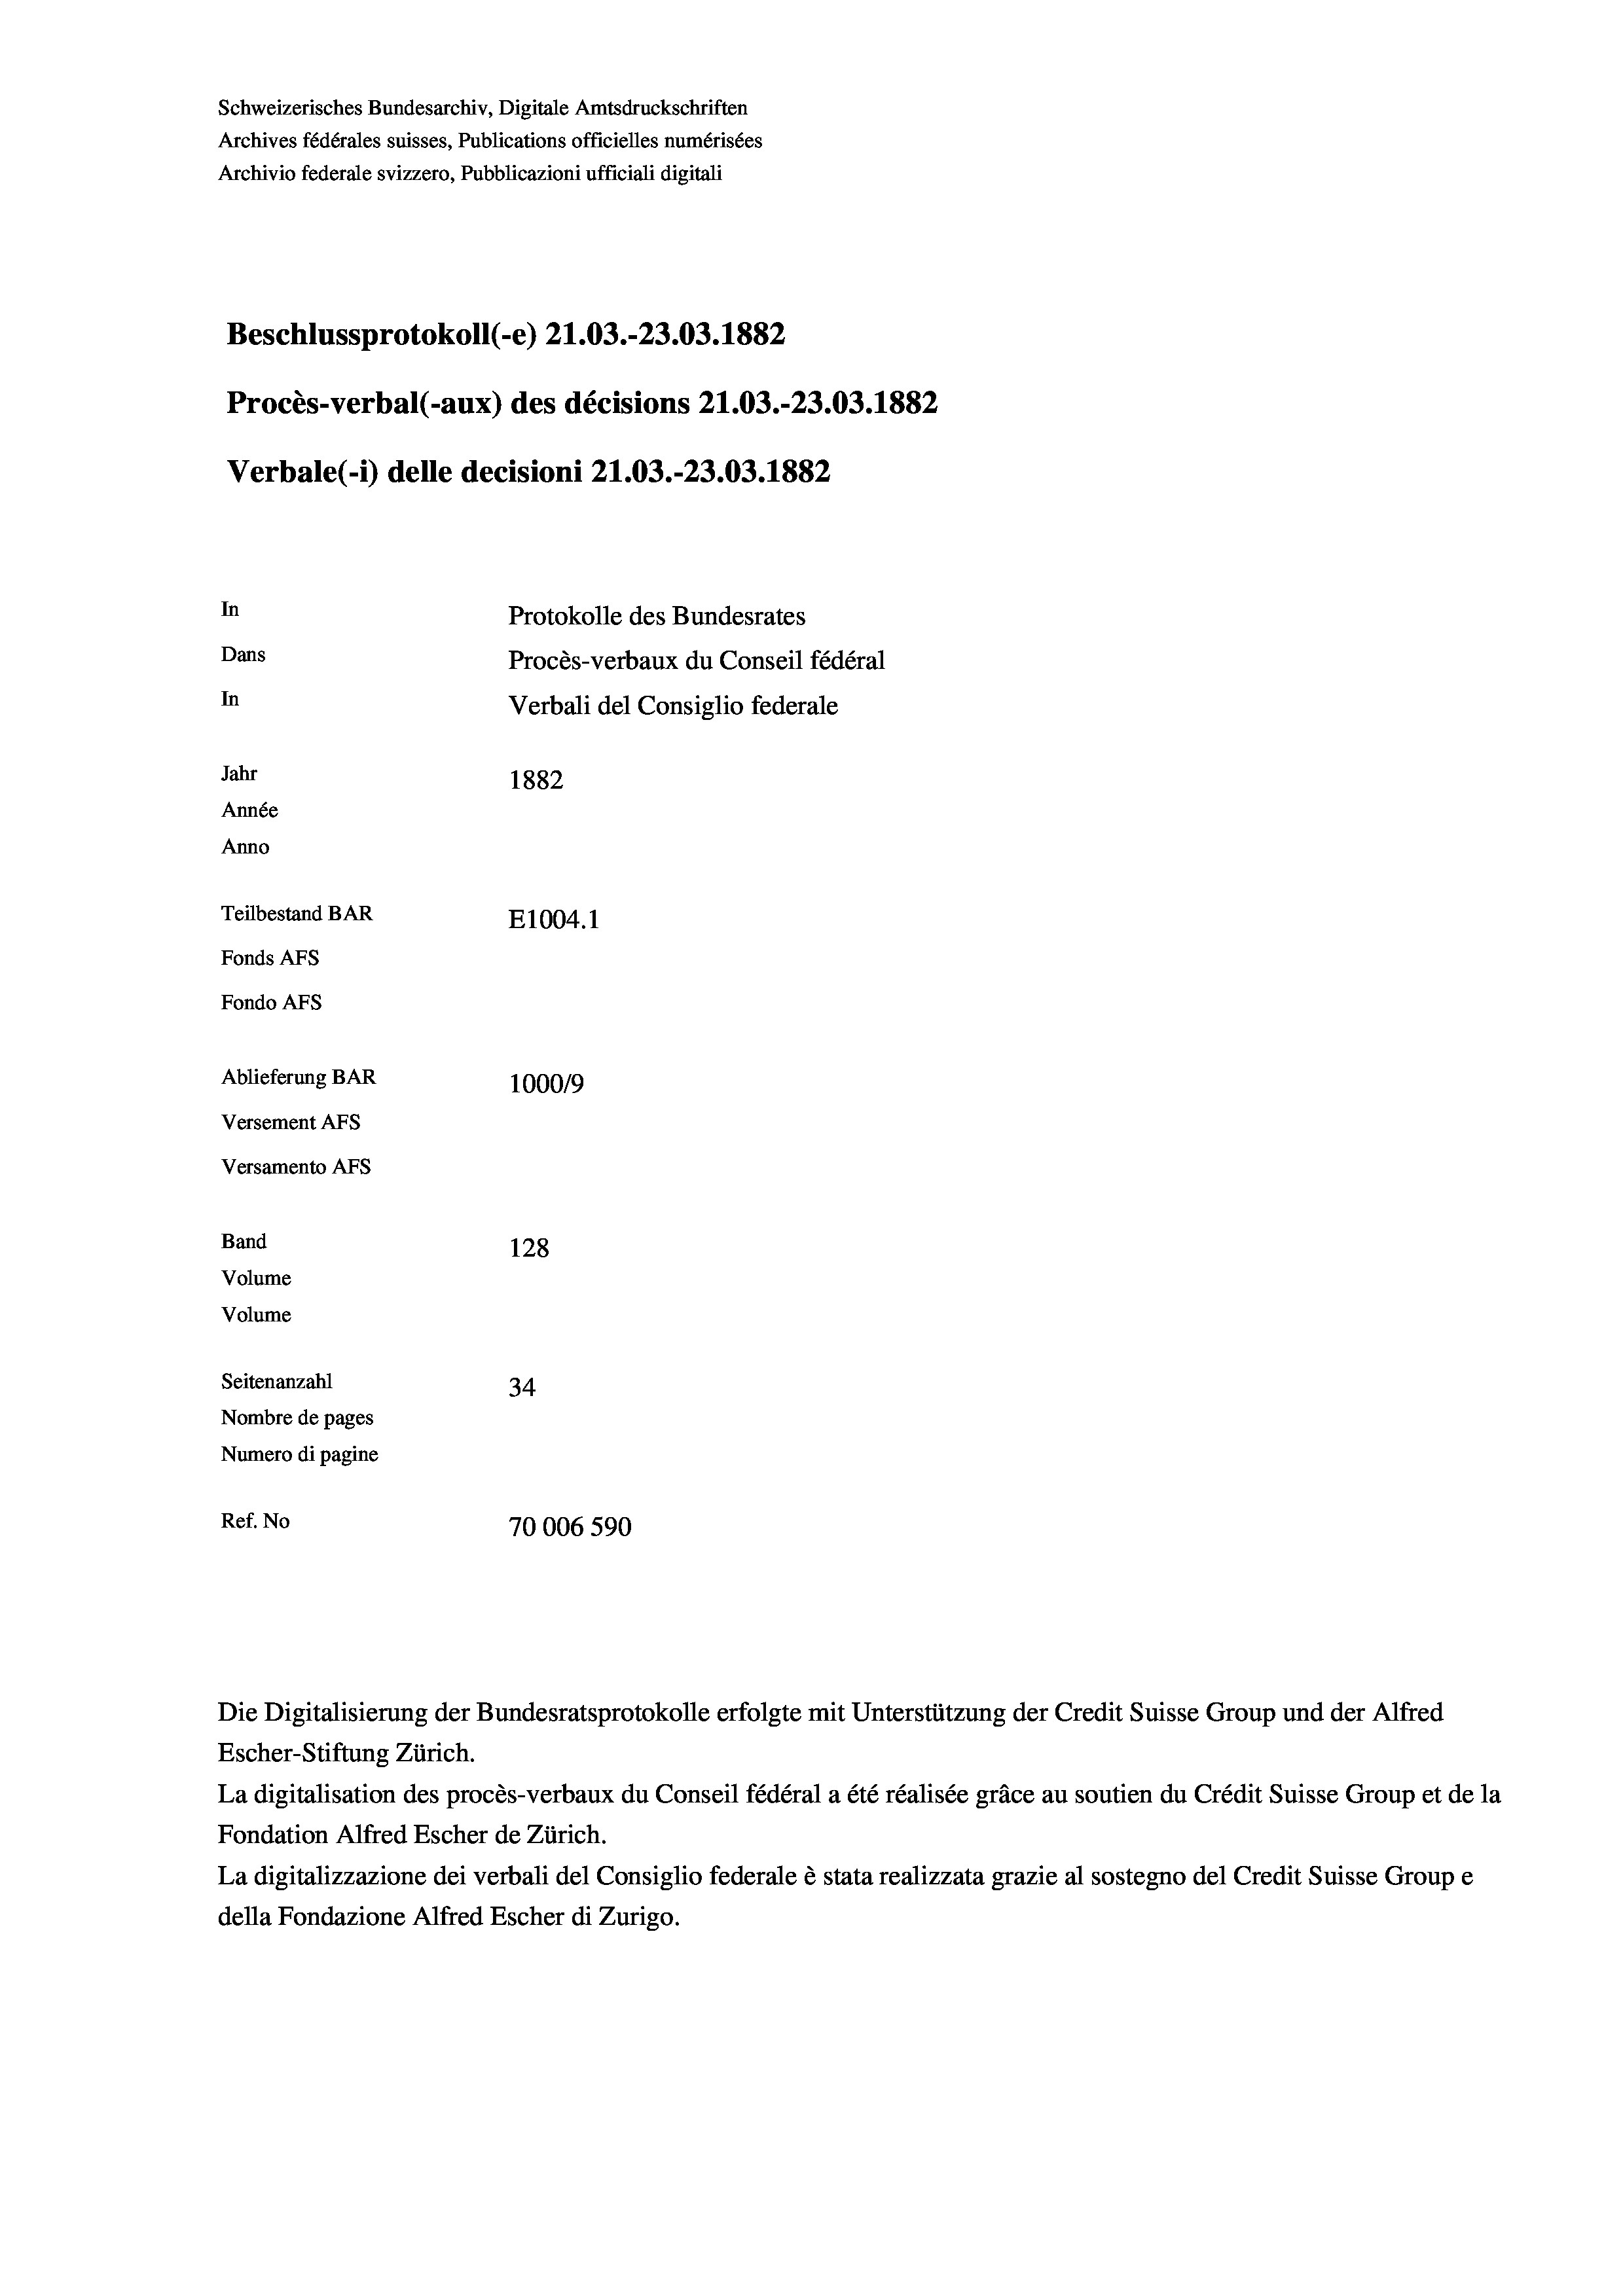
Schweizerisches Bundesarchiv, Digitale Amtsdruckschriften
Archives fédérales suisses, Publications officielles numérisées
Archivio federale svizzero, Pubblicazioni ufficiali digitali
Beschlussprotokoll (e) 21.03.-23.03. 1882
Procès-verbal (-aux) des décisions 21.03.-23.03. 1882
Verbale(*) delle decisioni 21.03.-23.03. 1882
In
Protokolle des Bundesrates
Dans
Procès-verbaux du Conseil fédéral
In
Verbali del Consiglio federale
Jahr
1882
Année
Anno
Teilbestand BAR
E1004.1
Fonds AFs
Fondo AFS
Ablieferung BAR
100019
Versement AFs
Versamento Afs
Band
128
Volume
Volume
Seitenanzahl
34
Nombre de pages
Numero di pagine
Ref. No
70006 590

Die Digitalisierung der Bundesratsprotokolle erfolgte mit Unterstützung der Credit Suisse Group und der Alfred
Escher-Stiftung Zürich.
La digitalisation des procès-verbaux du Conseil fédéral a été réalisée gräce au soutien du Crédit Suisse Group et de la
Fondation Alfred Escher de Zürich.
La digitalizzazione dei verbali del Consiglio federale è stata realizzata grazie al sostegno del Credit Suisse Groupe
della Fondazione Alfred Escher di Zurigo.